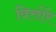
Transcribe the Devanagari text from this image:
वित्तोरे